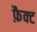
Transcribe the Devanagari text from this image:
फ़ैक्ट